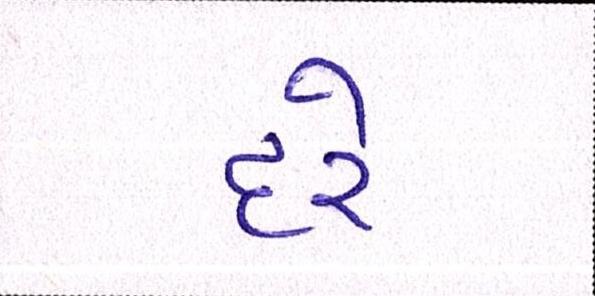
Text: દરે